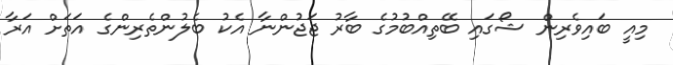
މިއީ ބައިވެރިން ޝޯގައި ބޭތިއްބުމުގެ ބާރު ޖަޖުންނާ އެކު ބެލުންތެރިންގެ އަތަށް އަރާ